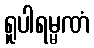
ရူပါရမ္မဏံ